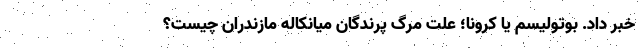
خبر داد. بوتولیسم یا کرونا؛ علت مرگ پرندگان میانکاله مازندران چیست؟